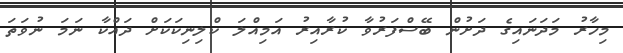
މިހާރު މަދަނައިގެ ދަށުން ބޭސްފަރުވާ ކުރާއިރު އަމިއްލަ ކްލިނިކަކަށް ދައްކާ ނަމަ ނުވަތަ